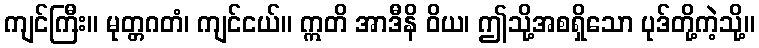
ကျင်ကြီး။ မုတ္တဂတံ၊ ကျင်ငယ်။ ဣတိ အာဒီနိ ဝိယ၊ ဤသို့အစရှိသော ပုဒ်တို့ကဲ့သို့။